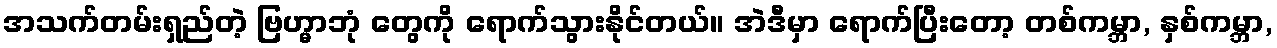
အသက်တမ်းရှည်တဲ့ ဗြဟ္မာဘုံ တွေကို ရောက်သွားနိုင်တယ်။ အဲဒီမှာ ရောက်ပြီးတော့ တစ်ကမ္ဘာ, နှစ်ကမ္ဘာ,